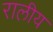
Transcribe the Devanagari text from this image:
रालीय